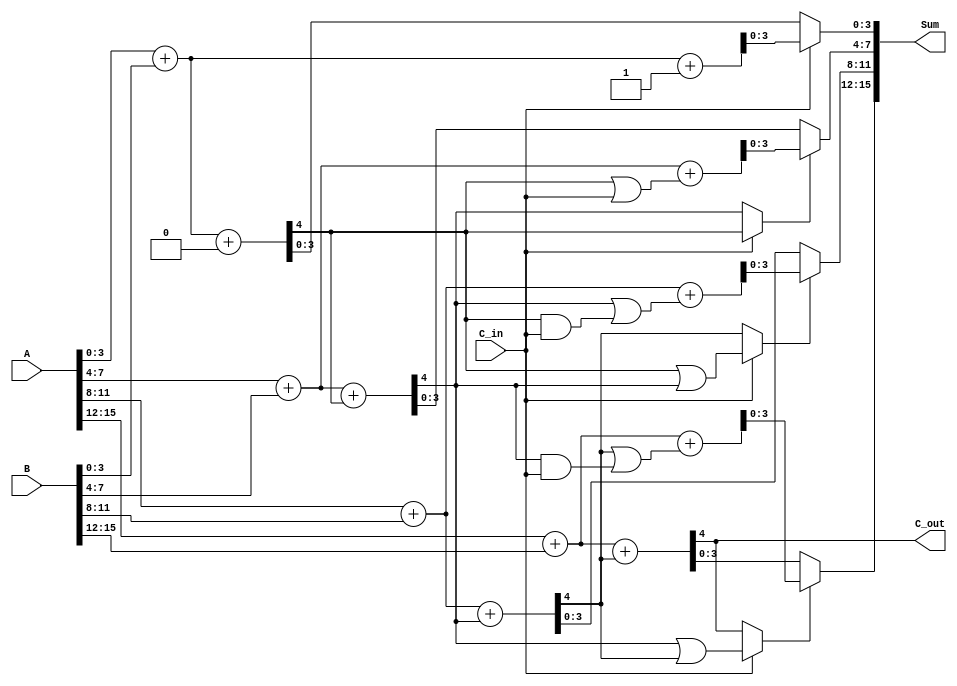
module DynamicCarrySelectAdder (
    input wire [15:0] A,    // 16-bit input A
    input wire [15:0] B,    // 16-bit input B
    input wire C_in,        // Carry input
    output wire [15:0] Sum,  // Sum output
    output wire C_out       // Carry output
);

    // Intermediate signals
    wire [3:0] sum0_seg0, sum1_seg0; // Sums for segment 0
    wire [3:0] sum0_seg1, sum1_seg1; // Sums for segment 1
    wire [3:0] sum0_seg2, sum1_seg2; // Sums for segment 2
    wire [3:0] sum0_seg3, sum1_seg3; // Sums for segment 3

    wire carry_out_seg0, carry_out_seg1, carry_out_seg2, carry_out_seg3;

    // Segment 0
    assign {carry_out_seg0, sum0_seg0} = A[3:0] + B[3:0] + 1'b0;  // C_in = 0
    assign {carry_out_seg0, sum1_seg0} = A[3:0] + B[3:0] + 1'b1;  // C_in = 1

    // Segment 1
    assign {carry_out_seg1, sum0_seg1} = A[7:4] + B[7:4] + carry_out_seg0;  // C_in = carry_out_seg0
    assign {carry_out_seg1, sum1_seg1} = A[7:4] + B[7:4] + (carry_out_seg0 | C_in);  // C_in = carry_out_seg0 or C_in

    // Segment 2
    assign {carry_out_seg2, sum0_seg2} = A[11:8] + B[11:8] + carry_out_seg1;  // C_in = carry_out_seg1
    assign {carry_out_seg2, sum1_seg2} = A[11:8] + B[11:8] + (carry_out_seg1 | (carry_out_seg0 & C_in));  // C_in = carry_out_seg1 or carry_out_seg0

    // Segment 3
    assign {carry_out_seg3, sum0_seg3} = A[15:12] + B[15:12] + carry_out_seg2;  // C_in = carry_out_seg2
    assign {carry_out_seg3, sum1_seg3} = A[15:12] + B[15:12] + (carry_out_seg2 | (carry_out_seg1 & C_in));  // C_in = carry_out_seg2 or carry_out_seg1

    // Carry Select Logic
    assign Sum[3:0] = C_in ? sum1_seg0 : sum0_seg0;
    assign Sum[7:4] = (C_in ? carry_out_seg0 : carry_out_seg1) ? sum1_seg1 : sum0_seg1;
    assign Sum[11:8] = (C_in ? (carry_out_seg0 | carry_out_seg1) : carry_out_seg2) ? sum1_seg2 : sum0_seg2;
    assign Sum[15:12] = (C_in ? (carry_out_seg1 | carry_out_seg2) : carry_out_seg3) ? sum1_seg3 : sum0_seg3;

    // Final carry out
    assign C_out = carry_out_seg3;

endmodule